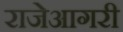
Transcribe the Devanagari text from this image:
राजेआगरी